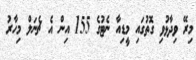
މިރޭ ވިދާޅުވި ގޮތުގައި މީޑިއާ ނެޓުގެ 155 އިން އެ ޗެނަލް މިހާރު